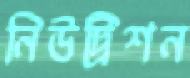
নিউট্রিশন